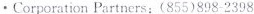
· Corporation Partners:(855)898-2398